Source: Handwritten
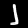
Digit: ၂ (2)